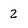
Character: 2